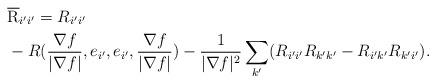
LaTeX: \begin{align*}&\overline{\rm R}_{i'i'}=R_{i'i'}\\&-R(\frac{\nabla f}{|\nabla f|},e_{i'},e_{i'},\frac{\nabla f}{|\nabla f|})-\frac{1}{|\nabla f|^2}\sum_{k'}(R_{i'i'}R_{k'k'}-R_{i'k'}R_{k'i'}).\end{align*}